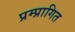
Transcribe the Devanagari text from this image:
प्रम्प्रागित